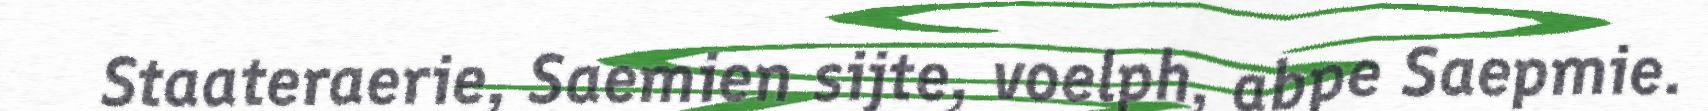
Staateraerie, Saemien sijte, voelph, abpe Saepmie.